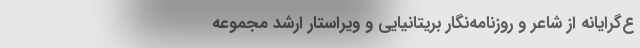
ع‌گرایانه از شاعر و روزنامه‌نگار بریتانیایی و ویراستار ارشد مجموعه